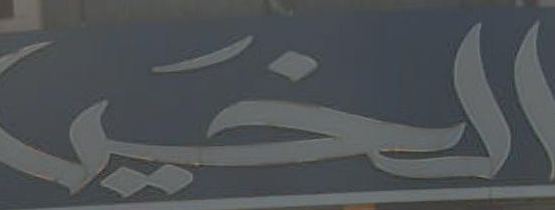
الخير